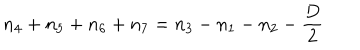
n _ { 4 } + n _ { 5 } + n _ { 6 } + n _ { 7 } = n _ { 3 } - n _ { 1 } - n _ { 2 } - \frac { D } { 2 }